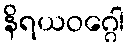
နိရယဝဂ္ဂေါ